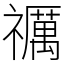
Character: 禲